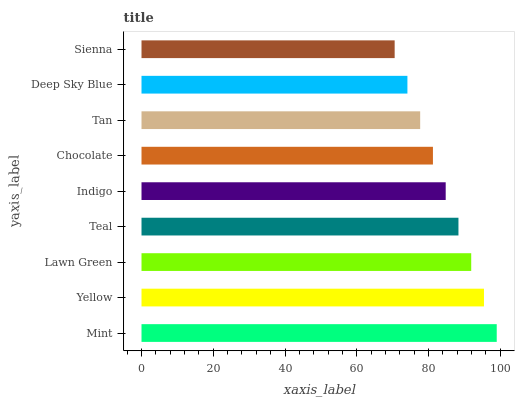
| yaxis_label | bars |
 | --- | --- |
 | Mint | 99 |
 | Yellow | 95.4 |
 | Lawn Green | 91.9 |
 | Teal | 88.3 |
 | Indigo | 84.8 |
 | Chocolate | 81.2 |
 | Tan | 77.7 |
 | Deep Sky Blue | 74.1 |
 | Sienna | 70.6 |